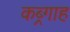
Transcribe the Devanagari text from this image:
कब्र्गाह